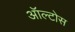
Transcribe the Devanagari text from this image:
ऑल्टोस